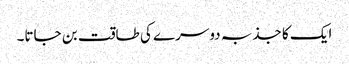
ایک کا جذبہ دوسرے کی طاقت بن جاتا۔